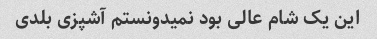
این یک شام عالی بود نمیدونستم آشپزی بلدی